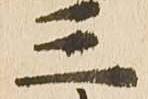
三